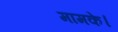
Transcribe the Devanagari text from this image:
मामके।